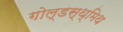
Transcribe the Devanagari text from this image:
गोल्डस्थ्मिथ